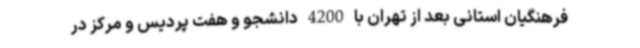
فرهنگیان استانی بعد از تهران با 4200 دانشجو و هفت پردیس و مرکز در